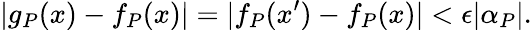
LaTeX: |g_{P}(x)-f_{P}(x)|=|f_{P}(x^{\prime})-f_{P}(x)|<\epsilon|\alpha_{P}|.